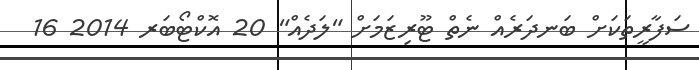
ސަފާރީތަކަށް ބަނދަރެއް ނެތް ޓޫރިޒަމަށް "ލަދެއް" 20 އޮކްޓޯބަރ 2014 16